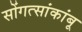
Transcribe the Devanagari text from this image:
सोंगत्सांकांबू